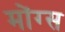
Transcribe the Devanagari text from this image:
मोंग्स